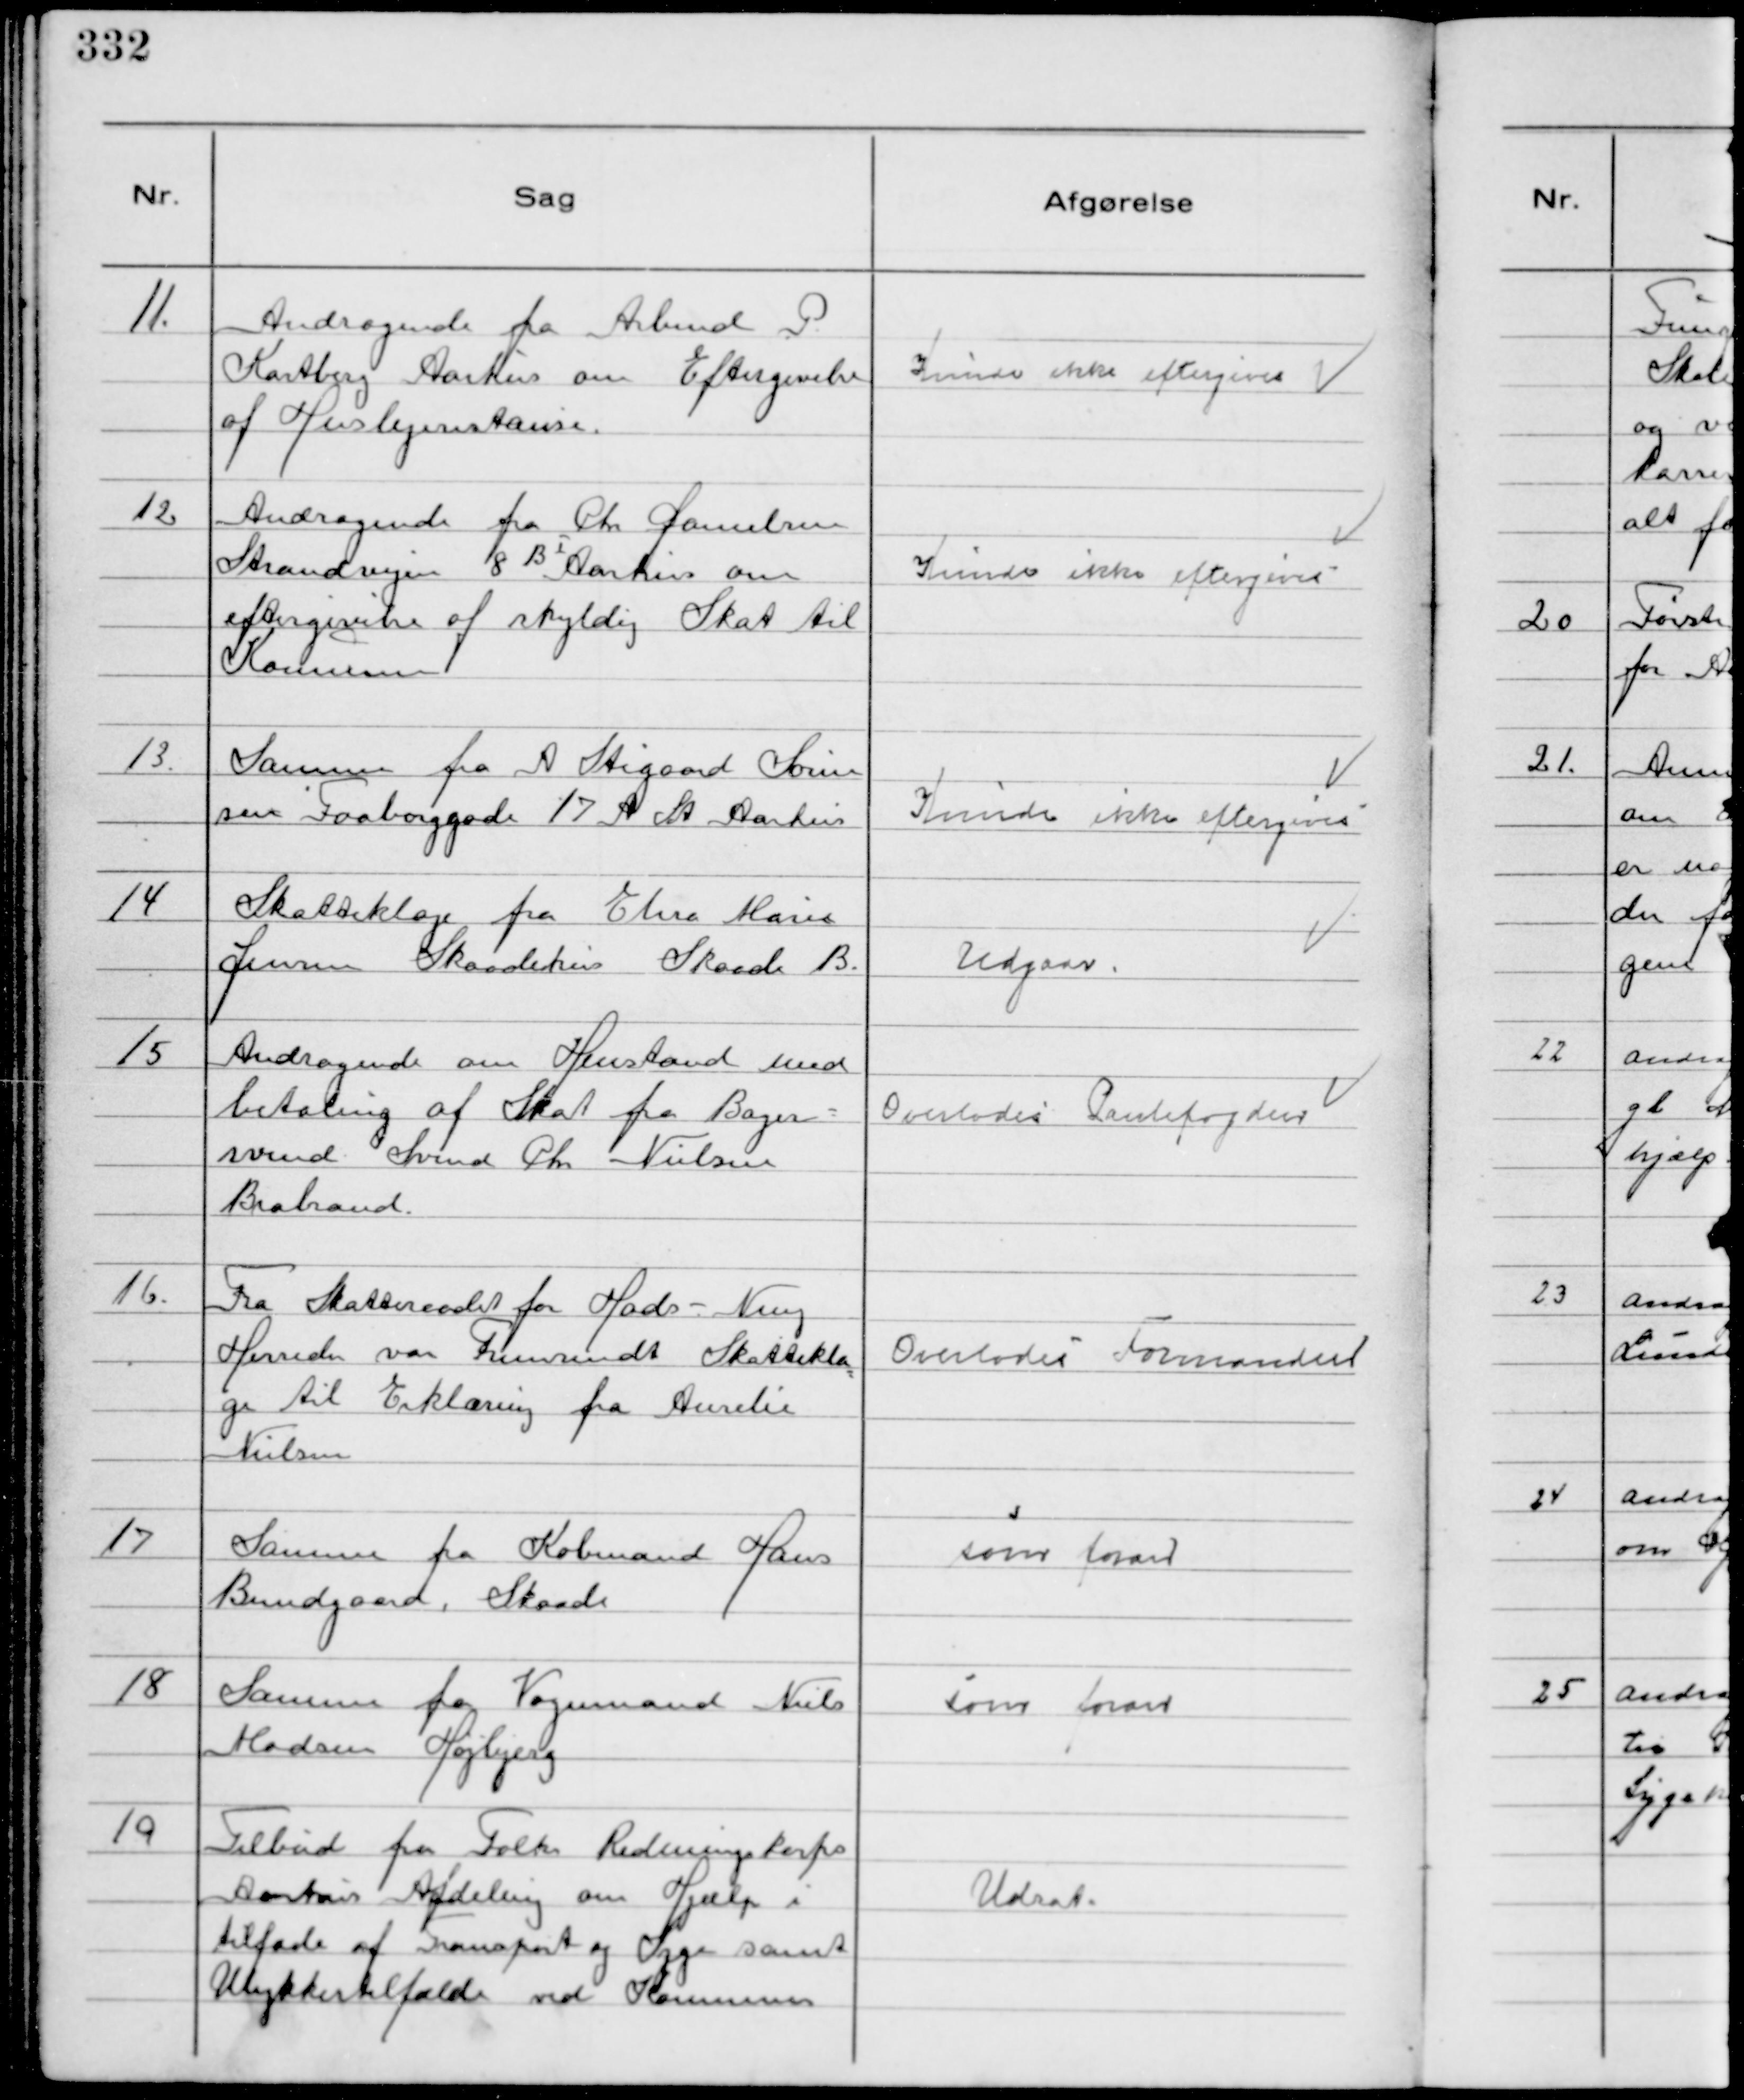
Transskription:
11.
Andragende fra Arbmd P
Kastberg Aarhus om Eftergivelse
af Huslejerestanse

Kunde ikke eftergives

12
Andragende fra Chr Danielsen
Strandvejen 8 B 1 Aarhus om
eftergivelse af skyldig Skat til
Kommunen

Kunde ikke eftergives

13.
Samme fra A Stigaard Søren
sen Faaborggade 17 A St Aarhus

Kunde ikke Eftergives

14
Skatteklage fra Elna Marie
Jensen Skaadehus Skaade B.

Udgaar

15
Andragende om Henstand med
betaling af Skat fra Bager-
svend Svend Chr. Nielsen
Brabrand.

Overlodes Pantefogden

16.
Fra Skatteraadet Hads - Ning
Herreder var Fremsendt Skattekla
ge til Erklæring fra Aurelie
Nielsen

Overlodes Formanden

17
Samme fra Købmand Hans
Bundgaard, Skaade

som foran

18
Samme fra Vognmand Niels
Madsen Højbjerg

som foran

19
Tilbud fra Falks Redningskorps
Aarhus Afdeling om Hjælp i
tilfæde af Transport og Syge samt
Ulykkestilfælde ved Kommunens

Udsat